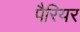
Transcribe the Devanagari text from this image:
पैरियर